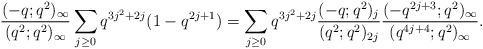
LaTeX: \begin{align*}\frac{(-q;q^2)_\infty}{(q^2;q^2)_\infty}\sum_{j\geq 0} q^{3j^2+2j}(1-q^{2j+1}) = \sum_{j\geq 0} q^{3j^2+2j}\frac{(-q;q^2)_{j}}{(q^2;q^2)_{2j}}\frac{(-q^{2j+3};q^2)_\infty}{(q^{4j+4};q^2)_\infty}.\end{align*}